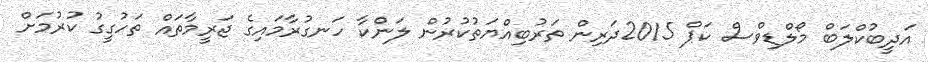
އަދީބުކްލަބް މޯލްޑިވްސް ކަޕް 2015ދަރިން ތަރުބިއްޔަތުކުރުން ލަންކާ ހަނގުރާމައިގެ ޖަރީމާތައް ތަހުގީގު ކުރުމަށް